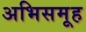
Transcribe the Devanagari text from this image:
अभिसमूह